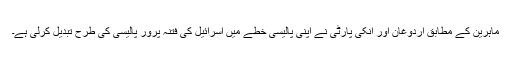
ماہرین کے مطابق اردوغان اور انکی پارٹی نے اپنی پالیسی خطے میں اسرائیل کی فتنہ پرور پالیسی کی طرح تبدیل کرلی ہے۔